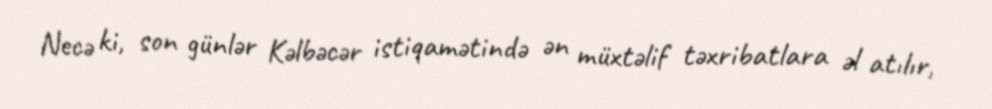
Necə ki, son günlər Kəlbəcər istiqamətində ən müxtəlif təxribatlara əl atılır,